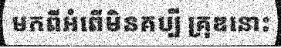
មកពីអំពើមិនគប្បី គ្រុឌនោះ